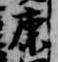
康